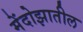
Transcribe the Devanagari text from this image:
मेंदोझातील